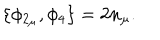
\{ \phi _ { 2 _ { \mu } } , \phi _ { 4 } \} = 2 n _ { \mu } .